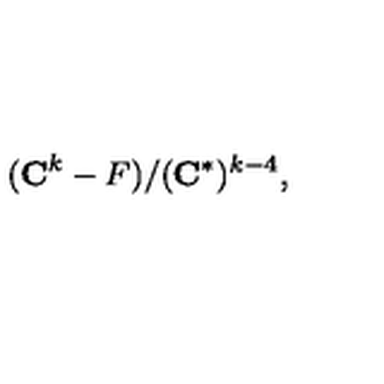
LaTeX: ( { \bf C } ^ { k } - F ) / ( { \bf C } ^ { * } ) ^ { k - 4 } ,